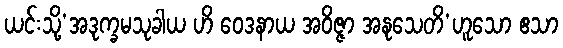
ယင်းသို့’အဒုက္ခမသုခါယ ဟိ ဝေဒနာယ အဝိဇ္ဇာ အနုသေတိ’ဟူသော ဧသာ